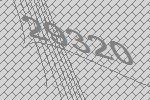
29320